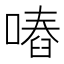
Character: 𠽅